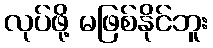
လုပ်ဖို့ မဖြစ်နိုင်ဘူး